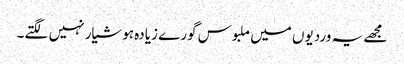
مجھے یہ وردیوں میں ملبوس گورے زیادہ ہوشیار نہیں لگتے۔